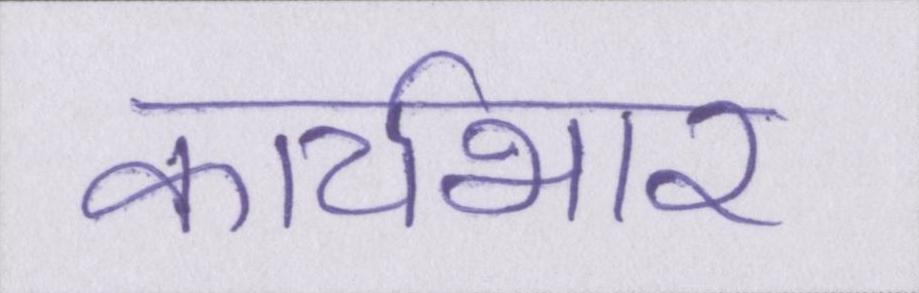
कार्यभार